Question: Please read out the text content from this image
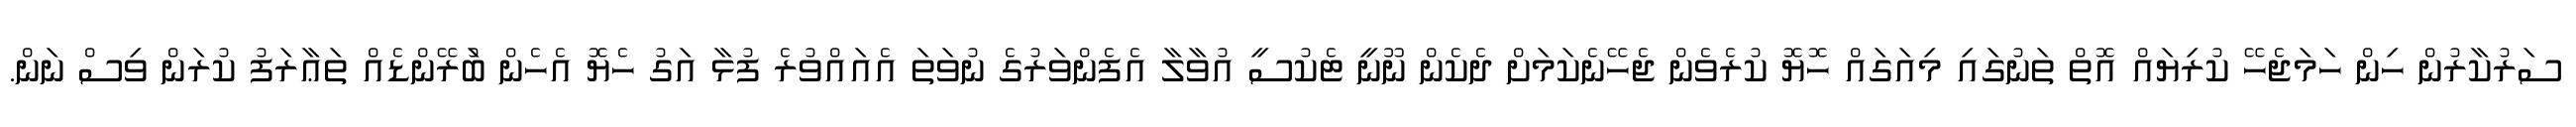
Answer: ސަރުކާރުން ހިން ހަމަޖެހޭ ކުރިޔައް އޮތް ތަނުގައި މިއަގައް ހޮޔޮ ކުރެވެން ޖެހޭނެކަމަށް ދެކެން ނޫނީ ޓެކުސީ އުވާލާ އެފެންވަރުގެ ނުވަތަ އެއައްވުރެ ފުޅާ އަގު ހެޔޮ އެހެން ބުަރޭންޑެއް ތަޢާރަފު ކުރަން ވިސް ނަން.